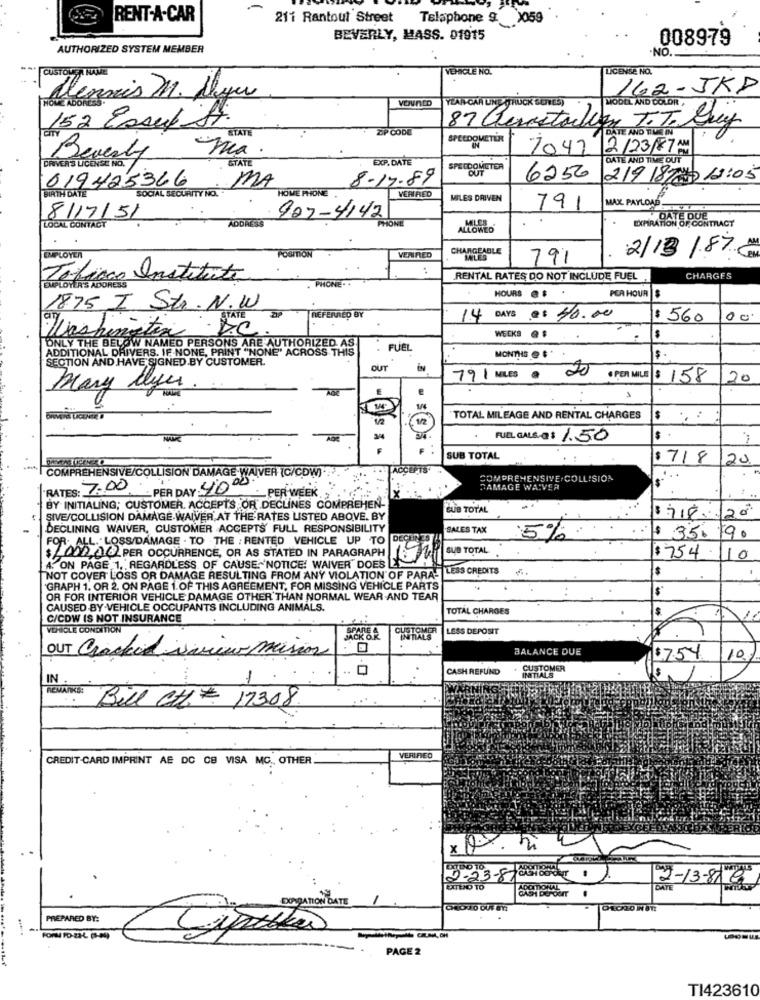
-
RENT-A-CAR
211 Rantoul Street Telaphone 9. 1059
BEVERLY, MASS. 01915
008979
AUTHORIZED SYSTEM MEMBER
.NO.
VEHICLE NO.
LICENSE NO.
CUSTOUGRA HAME
162 -JKP
lennis M. Ayu
YEAR CAR UNE (RUCK SUYES)
MODEL AND COLOR
152 Esauf st.
STATE
ZIP CODE
87 Genestawien T.T. Guy
DATE AND TIME IN
SPEEDOMETER
7042
12/23/87 AM
Beverly
EXP. DATE
DATE AND TIME OUT
DRIVER'S LICENSE NO,
STATE
SPEEDOMETER
OUT
019425366
8.17.89
6250
219 187 12:05
BIRTH DATE
MA
HOME PHONE
VERIFIED
SOCIAL SECURITY NO.
MILES DRIVEN
MAX PAYLOAD
791
LOCAL CONTACT
8117/51
ADDRESS
907-4142
PHONE
EXPIRATION OF CONTRACT
POSITION
CHARGEABLE
2/13/87 #
EMPLOYER
VERIFIED
791
Tota
Institute
PHONE ..
RENTAL RATES DO NOT INCLUDE FUEL
CHARGES
HOURS @ $ .
PER HOUR $
1875 I Str. N.W
REFERRED BY
14
DAYS
.: 40.00
$ 560
Washington D.C
$
ONLY THE BELOW
WECKS @$
BELOW NAMED PERSONS ARE AUTHORIZED AS
FUEL
SECTION AND HAVE SIGNED BY CUSTOMER.
ADDITIONAL DRIVERS. IF NONE, PRINT "NONE" ACROSS THIS
MONTHS @ $
OUT
20
791 MILES ·
0 PER MILE $ 158
20
Mary lyes
TOTAL. MILEAGE AND RENTAL CHARGES
3/4
.
FUEL GALS-a$ 1.50
$
SUB TOTAL
$ 718
120
COMPREHENSIVE/COLLISION DAMAGE WAIVER (C/CDW).
COMPREHENSIVE.COLLISION
. .
RATES: 7.00
PER DAY: 40 00
DAMAGE WAIVER
- PER WEEK .
BY INITIALING; CUSTOMER. ACCEPTS OR DECLINES COMPREHEN-
BUB TOTAL
20
SIVE/COLLISION DAMAGE WAIVER AT THE RATES LISTED ABOVE. BY
DECLINING WAIVER, CUSTOMER ACCEPTS' FULL RESPONSIBILITY
SALES TAX
LL. LOSS/DAMAGE . TO THE ; RENTED VEHICLE UP TO
DECH
5%
$ 35.19.
SUB TOTAL
$2000,00 PER OCCURRENCE, OR AS STATED IN PARAGRAPH
$754
10
A. ON PAGE 1, REGARDLESS OF CAUSE 'NOTICE! WAIVER" DOES
$
NOT COVER LOSS OR DAMAGE RESULTING FROM ANY VIOLATION OF PARA- LESS CREDITS
GRAPH 1. OR 2. ON PAGE 1.OF THIS AGREEMENT, FOR MISSING VEHICLE PARTS
$
OR FOR INTERIOR VEHICLE DAMAGE OTHER THAN NORMAL WEAR-AND TEAR
CAUSED BY-VEHICLE OCCUPANTS INCLUDING ANIMALS.
TOTAL CHARGES
$
C/CDW IS NOT INSURANCE
VEHICLE CONDITION
SPARE A
CUSTOMER
LESS DEPOSIT
INITIALS
BALANCE DUE
OUT Cracked iview mision
$7.54
10
CASH REFUND
CUSTOMER
INITIALS
IN
...
RELANCE: Bill CH. 17308
VERIFIED
CREDIT-CARD IMPRINT AE DC CB VISA MC ., OTHER
2-23-870
2-13-81 C
EXTEND TO
CASH DEPOSIT
DATE
DOBRAMON DATE
PREPARED BY:
PAGE 2
TI423610